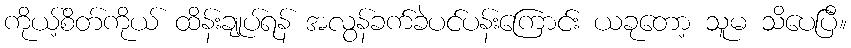
ကိုယ့်စိတ်ကိုယ် ထိန်းချုပ်ရန် အလွန်ခက်ခဲပင်ပန်းကြောင်း ယခုတော့ သူမ သိပေပြီ။